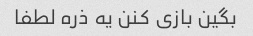
بگین بازی کنن یه ذره لطفا